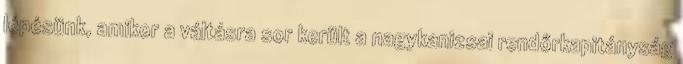
lépésünk, amikor a váltásra sor került a nagykanizsai rendőrkapitányság